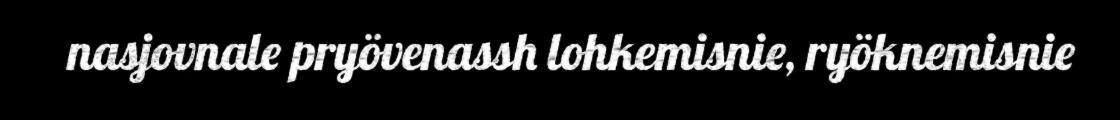
nasjovnale pryövenassh lohkemisnie, ryöknemisnie